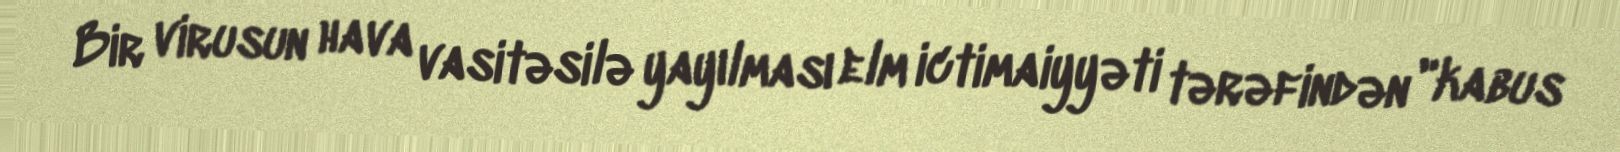
Bir virusun hava vasitəsilə yayılması elm ictimaiyyəti tərəfindən "kabus